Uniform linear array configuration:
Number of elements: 64
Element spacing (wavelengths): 0.25
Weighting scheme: binomial
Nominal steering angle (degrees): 60
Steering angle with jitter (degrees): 58.001
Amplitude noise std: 0.05
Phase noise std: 0.05

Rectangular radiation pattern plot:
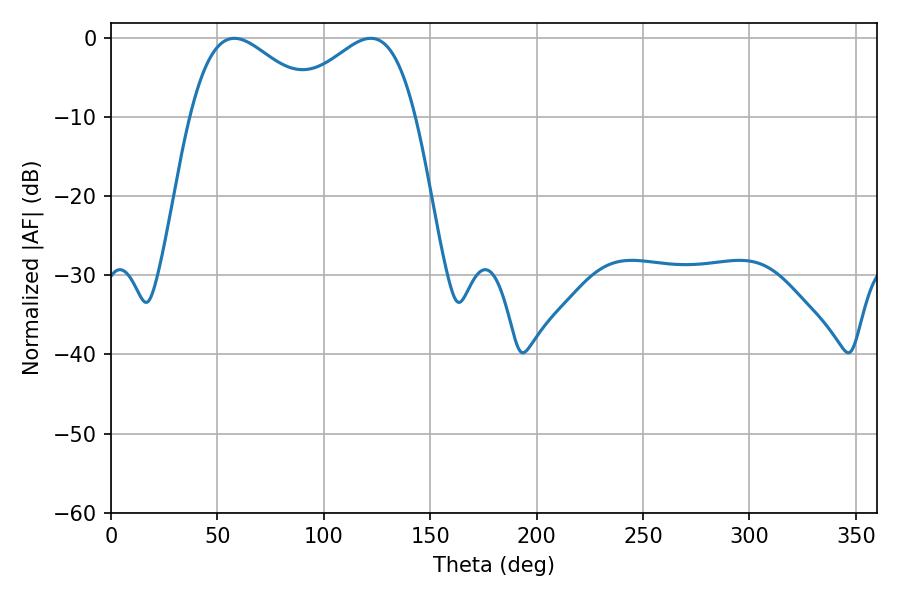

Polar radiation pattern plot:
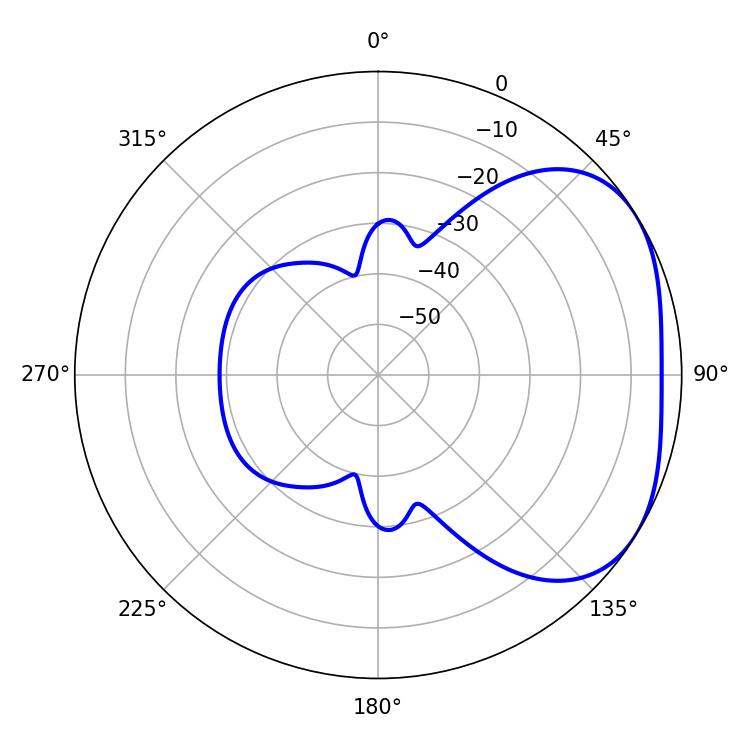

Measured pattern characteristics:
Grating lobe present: FALSE
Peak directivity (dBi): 2.922
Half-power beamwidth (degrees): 33.12
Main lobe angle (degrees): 57.96